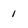
Character: 1